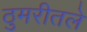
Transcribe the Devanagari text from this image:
ठुमरीतले